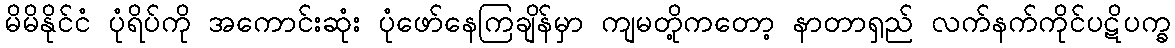
မိမိနိုင်ငံ ပုံရိပ်ကို အကောင်းဆုံး ပုံဖော်နေကြချိန်မှာ ကျမတို့ကတော့ နာတာရှည် လက်နက်ကိုင်ပဋိပက္ခ